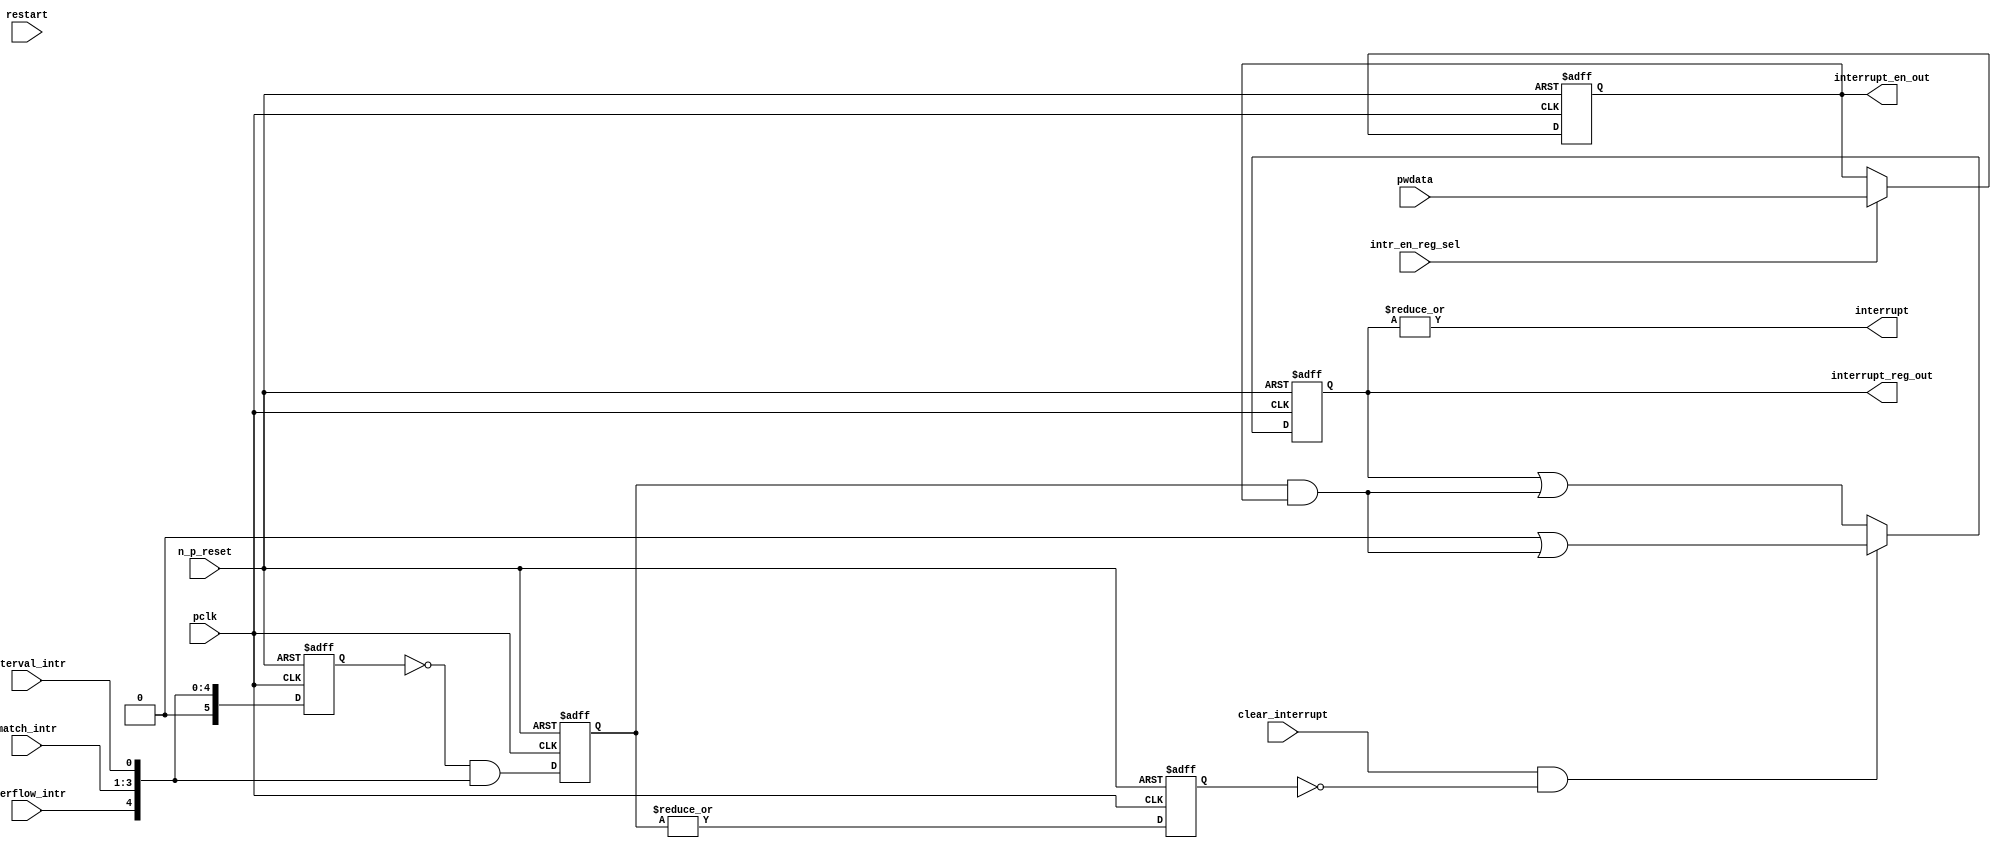
//Title       : 
//Description : Interrupts from the counter modules are registered
//              and if enabled cause the output interrupt to go high.
//              Also the match1 interrupts are monitored to generate output 
//Notes       : 
//----------------------------------------------------------------------
//   Copyright 1999-2010 Cadence Design Systems, Inc.
//   All Rights Reserved Worldwide
//
//   Licensed under the Apache License, Version 2.0 (the
//   "License"); you may not use this file except in
//   compliance with the License.  You may obtain a copy of
//   the License at
//
//       http://www.apache.org/licenses/LICENSE-2.0
//
//   Unless required by applicable law or agreed to in
//   writing, software distributed under the License is
//   distributed on an "AS IS" BASIS, WITHOUT WARRANTIES OR
//   CONDITIONS OF ANY KIND, either express or implied.  See
//   the License for the specific language governing
//   permissions and limitations under the License.
//----------------------------------------------------------------------
 


//-----------------------------------------------------------------------------
// Module definition
//-----------------------------------------------------------------------------

module ttc_interrupt_lite(

  //inputs
  n_p_reset,                             
  pwdata,                             
  pclk,
  intr_en_reg_sel, 
  clear_interrupt,                   
  interval_intr,
  match_intr,
  overflow_intr,
  restart,

  //outputs
  interrupt,
  interrupt_reg_out,
  interrupt_en_out
  
);


//-----------------------------------------------------------------------------
// PORT DECLARATIONS
//-----------------------------------------------------------------------------

   //inputs
   input         n_p_reset;            //reset signal
   input [5:0]   pwdata;               //6 Bit Data signal
   input         pclk;                 //System clock
   input         intr_en_reg_sel;      //Interrupt Enable Reg Select signal
   input         clear_interrupt;      //Clear Interrupt Register signal
   input         interval_intr;        //Timer_Counter Interval Interrupt
   input [3:1]   match_intr;           //Timer_Counter Match 1 Interrupt 
   input         overflow_intr;        //Timer_Counter Overflow Interrupt 
   input         restart;              //Counter restart

   //Outputs
   output        interrupt;            //Interrupt Signal 
   output [5:0]  interrupt_reg_out;    //6 Bit Interrupt Register
   output [5:0]  interrupt_en_out; //6 Bit Interrupt Enable Register


//-----------------------------------------------------------------------------
// Internal Signals & Registers
//-----------------------------------------------------------------------------

   wire [5:0]   intr_detect;          //Interrupts from the Timer_Counter
   reg [5:0]    int_sync_reg;         //6-bit 1st cycle sync register
   reg [5:0]    int_cycle_reg;        //6-bit register ensuring each interrupt 
                                      //only read once
   reg [5:0]    interrupt_reg;        //6-bit interrupt register        
   reg [5:0]    interrupt_en_reg; //6-bit interrupt enable register
   

   reg          interrupt_set;        //Prevents unread interrupt being cleared
   
   wire         interrupt;            //Interrupt output
   wire [5:0]   interrupt_reg_out;    //Interrupt register output
   wire [5:0]   interrupt_en_out; //Interrupt enable output


   assign interrupt              = |(interrupt_reg);
   assign interrupt_reg_out      = interrupt_reg;
   assign interrupt_en_out       = interrupt_en_reg;
   
   assign intr_detect = {1'b0,
                         overflow_intr,  
                         match_intr[3],  
                         match_intr[2], 
                         match_intr[1], 
                         interval_intr};

   

// Setting interrupt registers
   
   always @ (posedge pclk or negedge n_p_reset)
   begin: p_intr_reg_ctrl
      
      if (!n_p_reset)
      begin
         int_sync_reg         <= 6'b000000;
         interrupt_reg        <= 6'b000000;
         int_cycle_reg        <= 6'b000000;
         interrupt_set        <= 1'b0;
      end
      else 
      begin

         int_sync_reg    <= intr_detect;
         int_cycle_reg   <= ~int_sync_reg & intr_detect;

         interrupt_set   <= |int_cycle_reg;
          
         if (clear_interrupt & ~interrupt_set)
            interrupt_reg <= (6'b000000 | (int_cycle_reg & interrupt_en_reg));
         else 
            interrupt_reg <= (interrupt_reg | (int_cycle_reg & 
                                               interrupt_en_reg));
      end 
      
   end  //p_intr_reg_ctrl


// Setting interrupt enable register
   
   always @ (posedge pclk or negedge n_p_reset)
   begin: p_intr_en_reg
      
      if (!n_p_reset)
      begin
         interrupt_en_reg <= 6'b000000;
      end
      else 
      begin

         if (intr_en_reg_sel)
            interrupt_en_reg <= pwdata[5:0];
         else
            interrupt_en_reg <= interrupt_en_reg;

      end 
      
   end  
           


endmodule